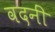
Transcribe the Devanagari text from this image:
वदनीं